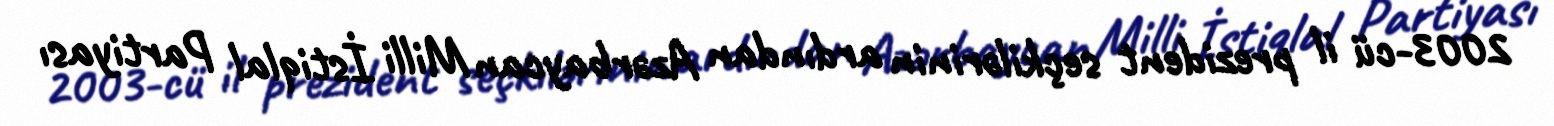
2003-cü il prezident seçkilərinin ardından Azərbaycan Milli İstiqlal Partiyası